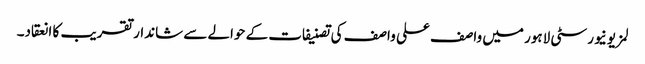
لمز یونیورسٹی لاہور میں واصف علی واصف کی تصنیفات کے حوالے سے شاندار تقریب کا انعقاد۔